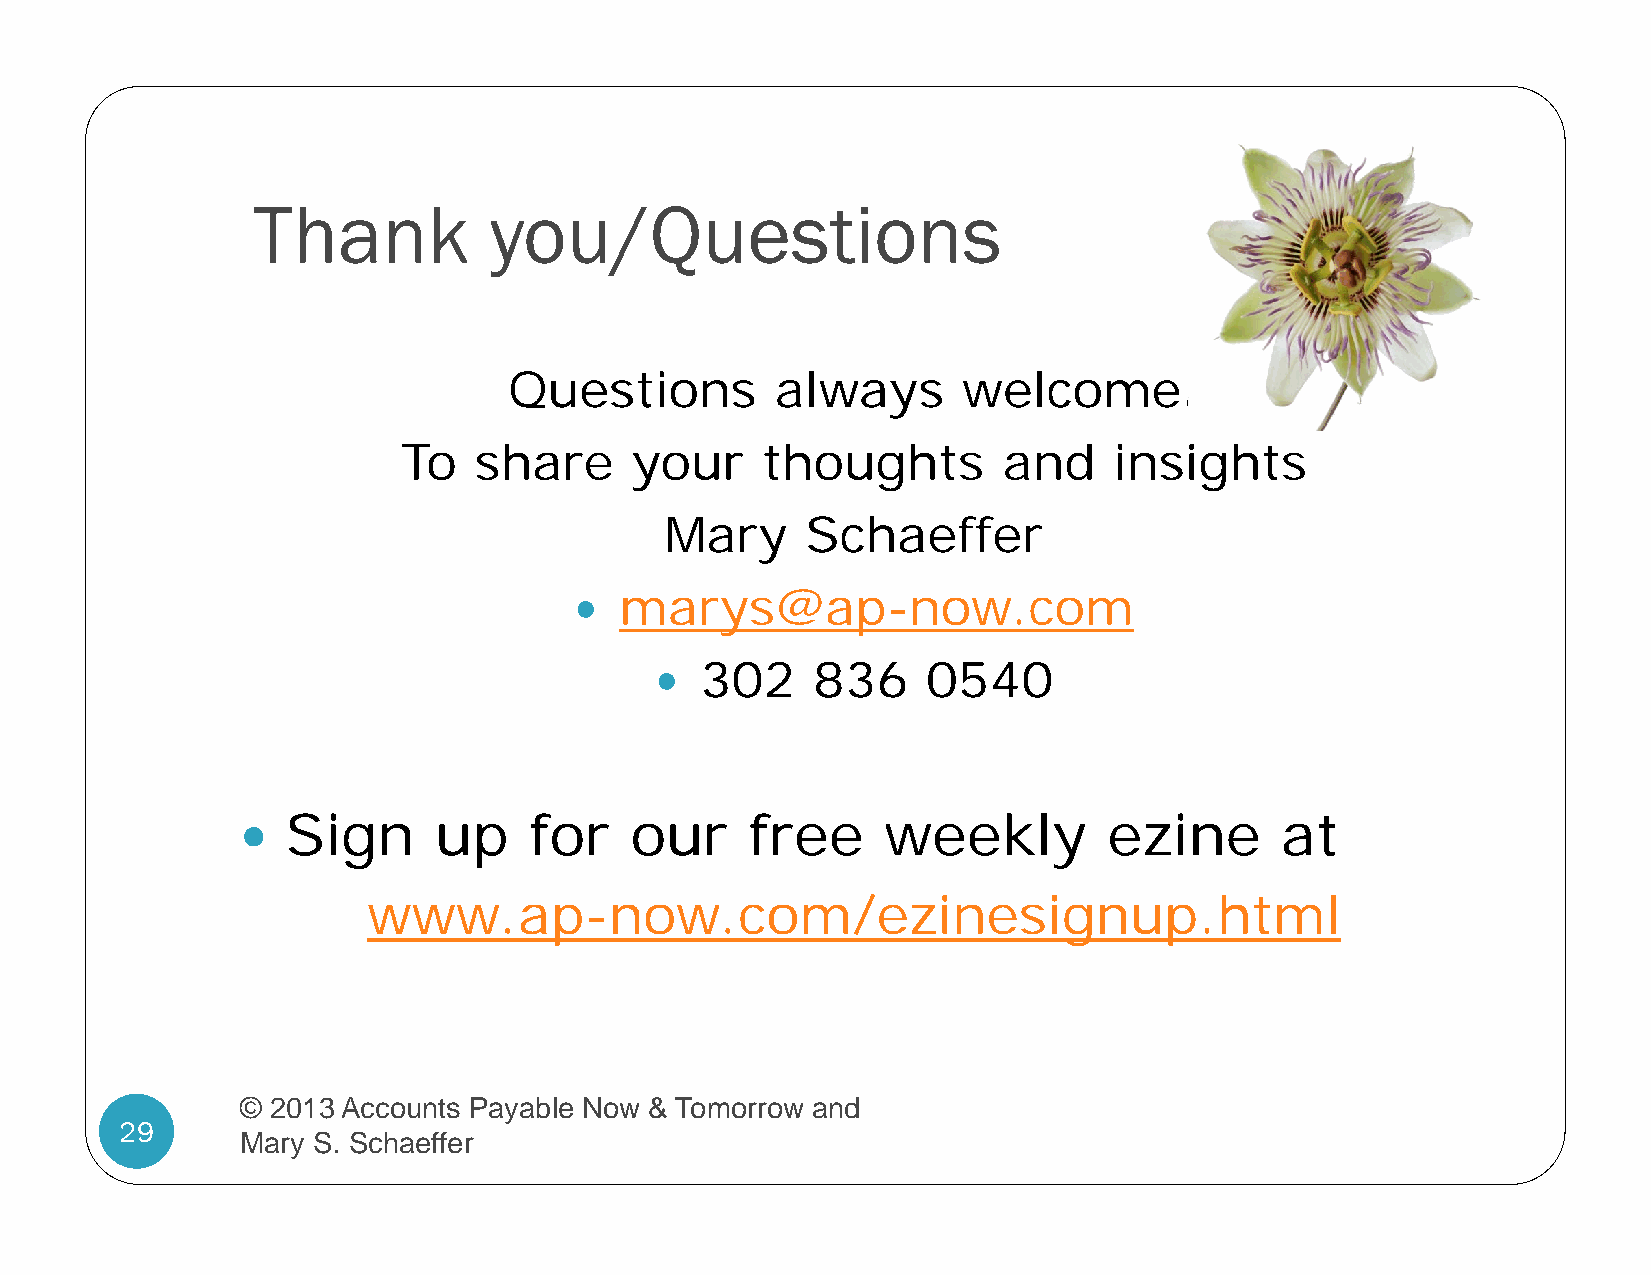
Thank          you/Questions
 Questions        always       welcome.
 To  share      your    thoughts        and     insights
 Mary     Schaeffer
   marys@ap-now.com
   302     836    0540
 Sign      up    for    our     free     weekly        ezine       at
 
 www.ap-now.com/ezinesignup.html
 © 2013 Accounts Payable Now & Tomorrow and
 29
 Mary S. Schaeffer